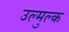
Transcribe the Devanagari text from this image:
उल्मुल्क